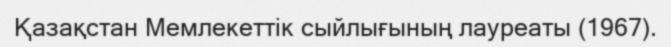
Қазақстан Мемлекеттік сыйлығының лауреаты (1967).